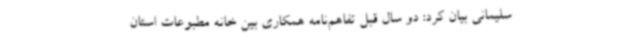
سلیمانی بیان کرد: دو سال قبل تفاهم‌نامه همکاری بین خانه مطبوعات استان